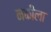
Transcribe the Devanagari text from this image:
नकीला